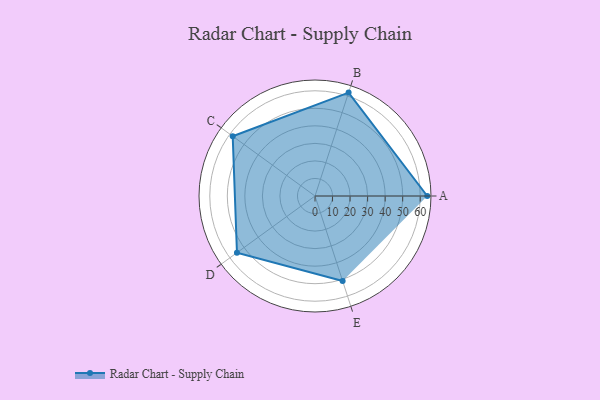
{"axis": {"x": "Skill", "y": "Score"}, "legend": ["Profile"], "data": [{"x": "A", "y": 64.0, "type": "Profile"}, {"x": "B", "y": 62.0, "type": "Profile"}, {"x": "C", "y": 58.0, "type": "Profile"}, {"x": "D", "y": 55.0, "type": "Profile"}, {"x": "E", "y": 51.0, "type": "Profile"}]}